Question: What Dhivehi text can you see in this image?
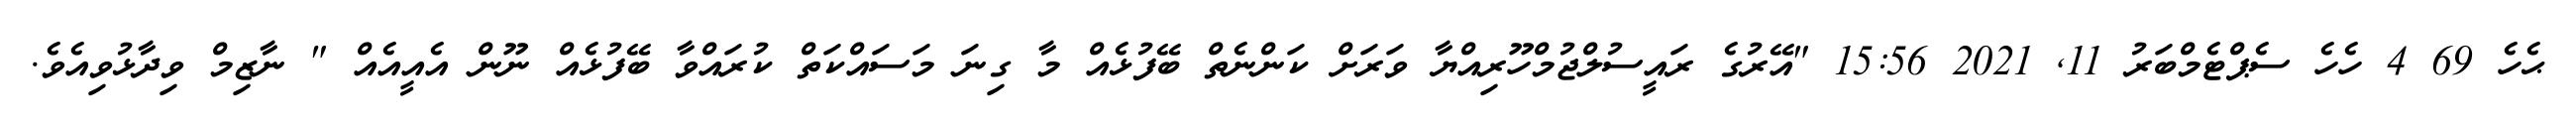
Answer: ޙެހެ 69 4 ހެހެ ސެޕްޓެމްބަރު 11, 2021 15:56 "އޭރުގެ ރައީސުލްޖުމްހޫރިއްޔާ ވަރަށް ކަންނެތް ބޭފުޅެއް މާ ގިނަ މަސައްކަތް ކުރައްވާ ބޭފުޅެއް ނޫން އެއީއެއް " ނާޒިމް ވިދާޅުވިއެވެ.